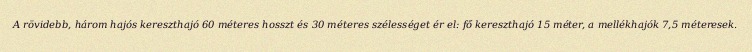
A rövidebb, három hajós kereszthajó 60 méteres hosszt és 30 méteres szélességet ér el: fő kereszthajó 15 méter, a mellékhajók 7,5 méteresek.